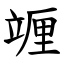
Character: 竰